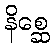
နိစ္ဆေ